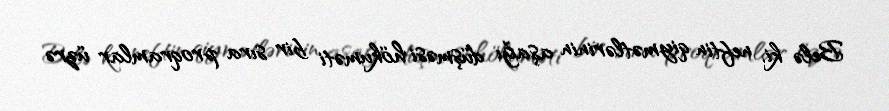
Belə ki, neftin qiymətlərinin aşağı düşməsi hökuməti bir sıra proqramlar üzrə